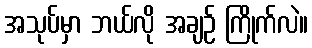
အသုပ်မှာ ဘယ်လို အချဉ် ကြိုက်လဲ။